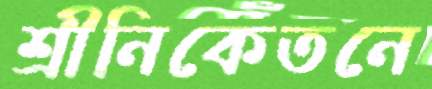
শ্রীনিকেতনে